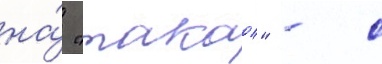
на́ "такао" - с